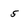
Character: 5